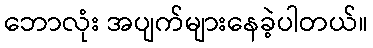
ဘောလုံး အပျက်များနေခဲ့ပါတယ်။